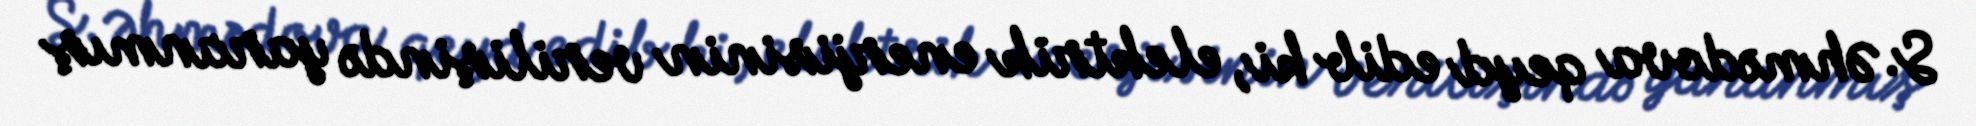
S. Əhmədova qeyd edib ki, elektrik enerjisinin verilişində yaranmış